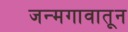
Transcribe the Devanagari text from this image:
जन्मगावातून